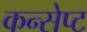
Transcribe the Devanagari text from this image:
कन्सेप्ट